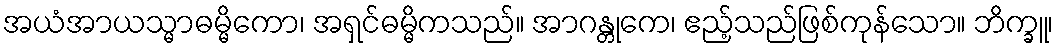
အယံအာယသ္မာဓမ္မိကော၊ အရှင်ဓမ္မိကသည်။ အာဂန္တုကေ၊ ဧည့်သည်ဖြစ်ကုန်သော။ ဘိက္ခူ၊